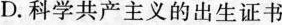
D.科学共产主义的出生证书